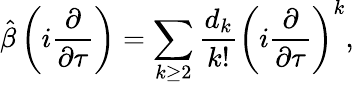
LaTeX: \hat{\beta}\left(i\frac{\partial}{\partial\tau}\right)=\sum_{k\geq 2}\frac{d_{k}}{k!}\left(i\frac{\partial}{\partial\tau}\right)^{k},